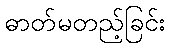
ဓာတ်မတည့်ခြင်း